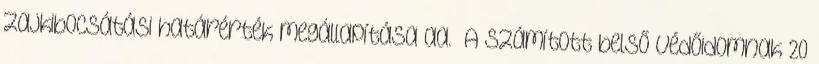
zajkibocsátási határérték megállapítása aa. A számított belső védőidomnak 20